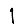
Digit: 1